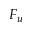
F _ { u }